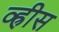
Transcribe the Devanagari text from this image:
व्ह्रीस